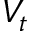
V _ { t }